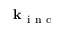
\mathbf { k } _ { \mathrm { ~ i ~ n ~ c ~ } }